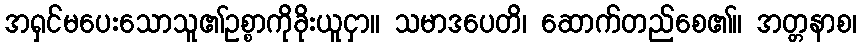
အရှင်မပေးသောသူ၏ဥစ္စာကိုခိုးယူငှာ။ သမာဒပေတိ၊ ဆောက်တည်စေ၏။ အတ္တနာစ၊